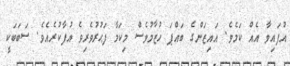
އުފައިވާ އެއް ކަމެވެ. އައިޒަންގެ ބައްޕަ ހުޒާމުވެސް މިކަމާ ފަޙުރުވެރިވެ އުފާކުރެއެވެ. ސަބަބަކީ